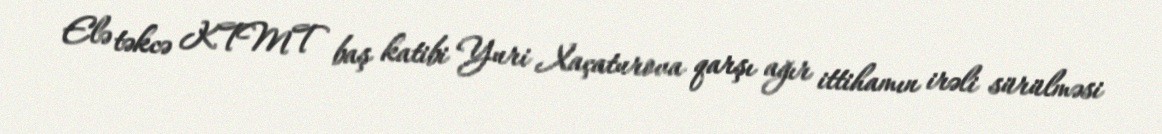
Elə təkcə KTMT baş katibi Yuri Xaçaturova qarşı ağır ittihamın irəli sürülməsi